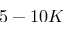
5 - 1 0 K